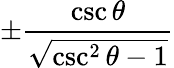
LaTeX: \pm{\frac{\csc\theta}{\sqrt{\csc^{2}\theta-1}}}